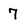
Character: 7